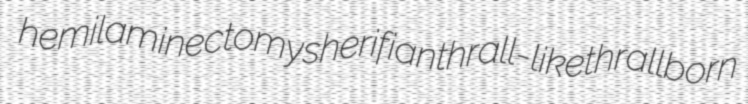
hemilaminectomy sherifian thrall-likethrallborn